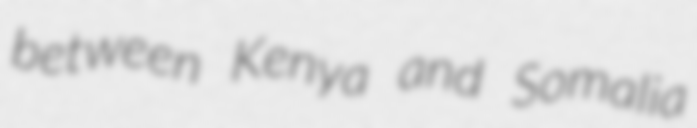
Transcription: between Kenya and Somalia